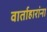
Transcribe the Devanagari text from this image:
वार्ताहारांना